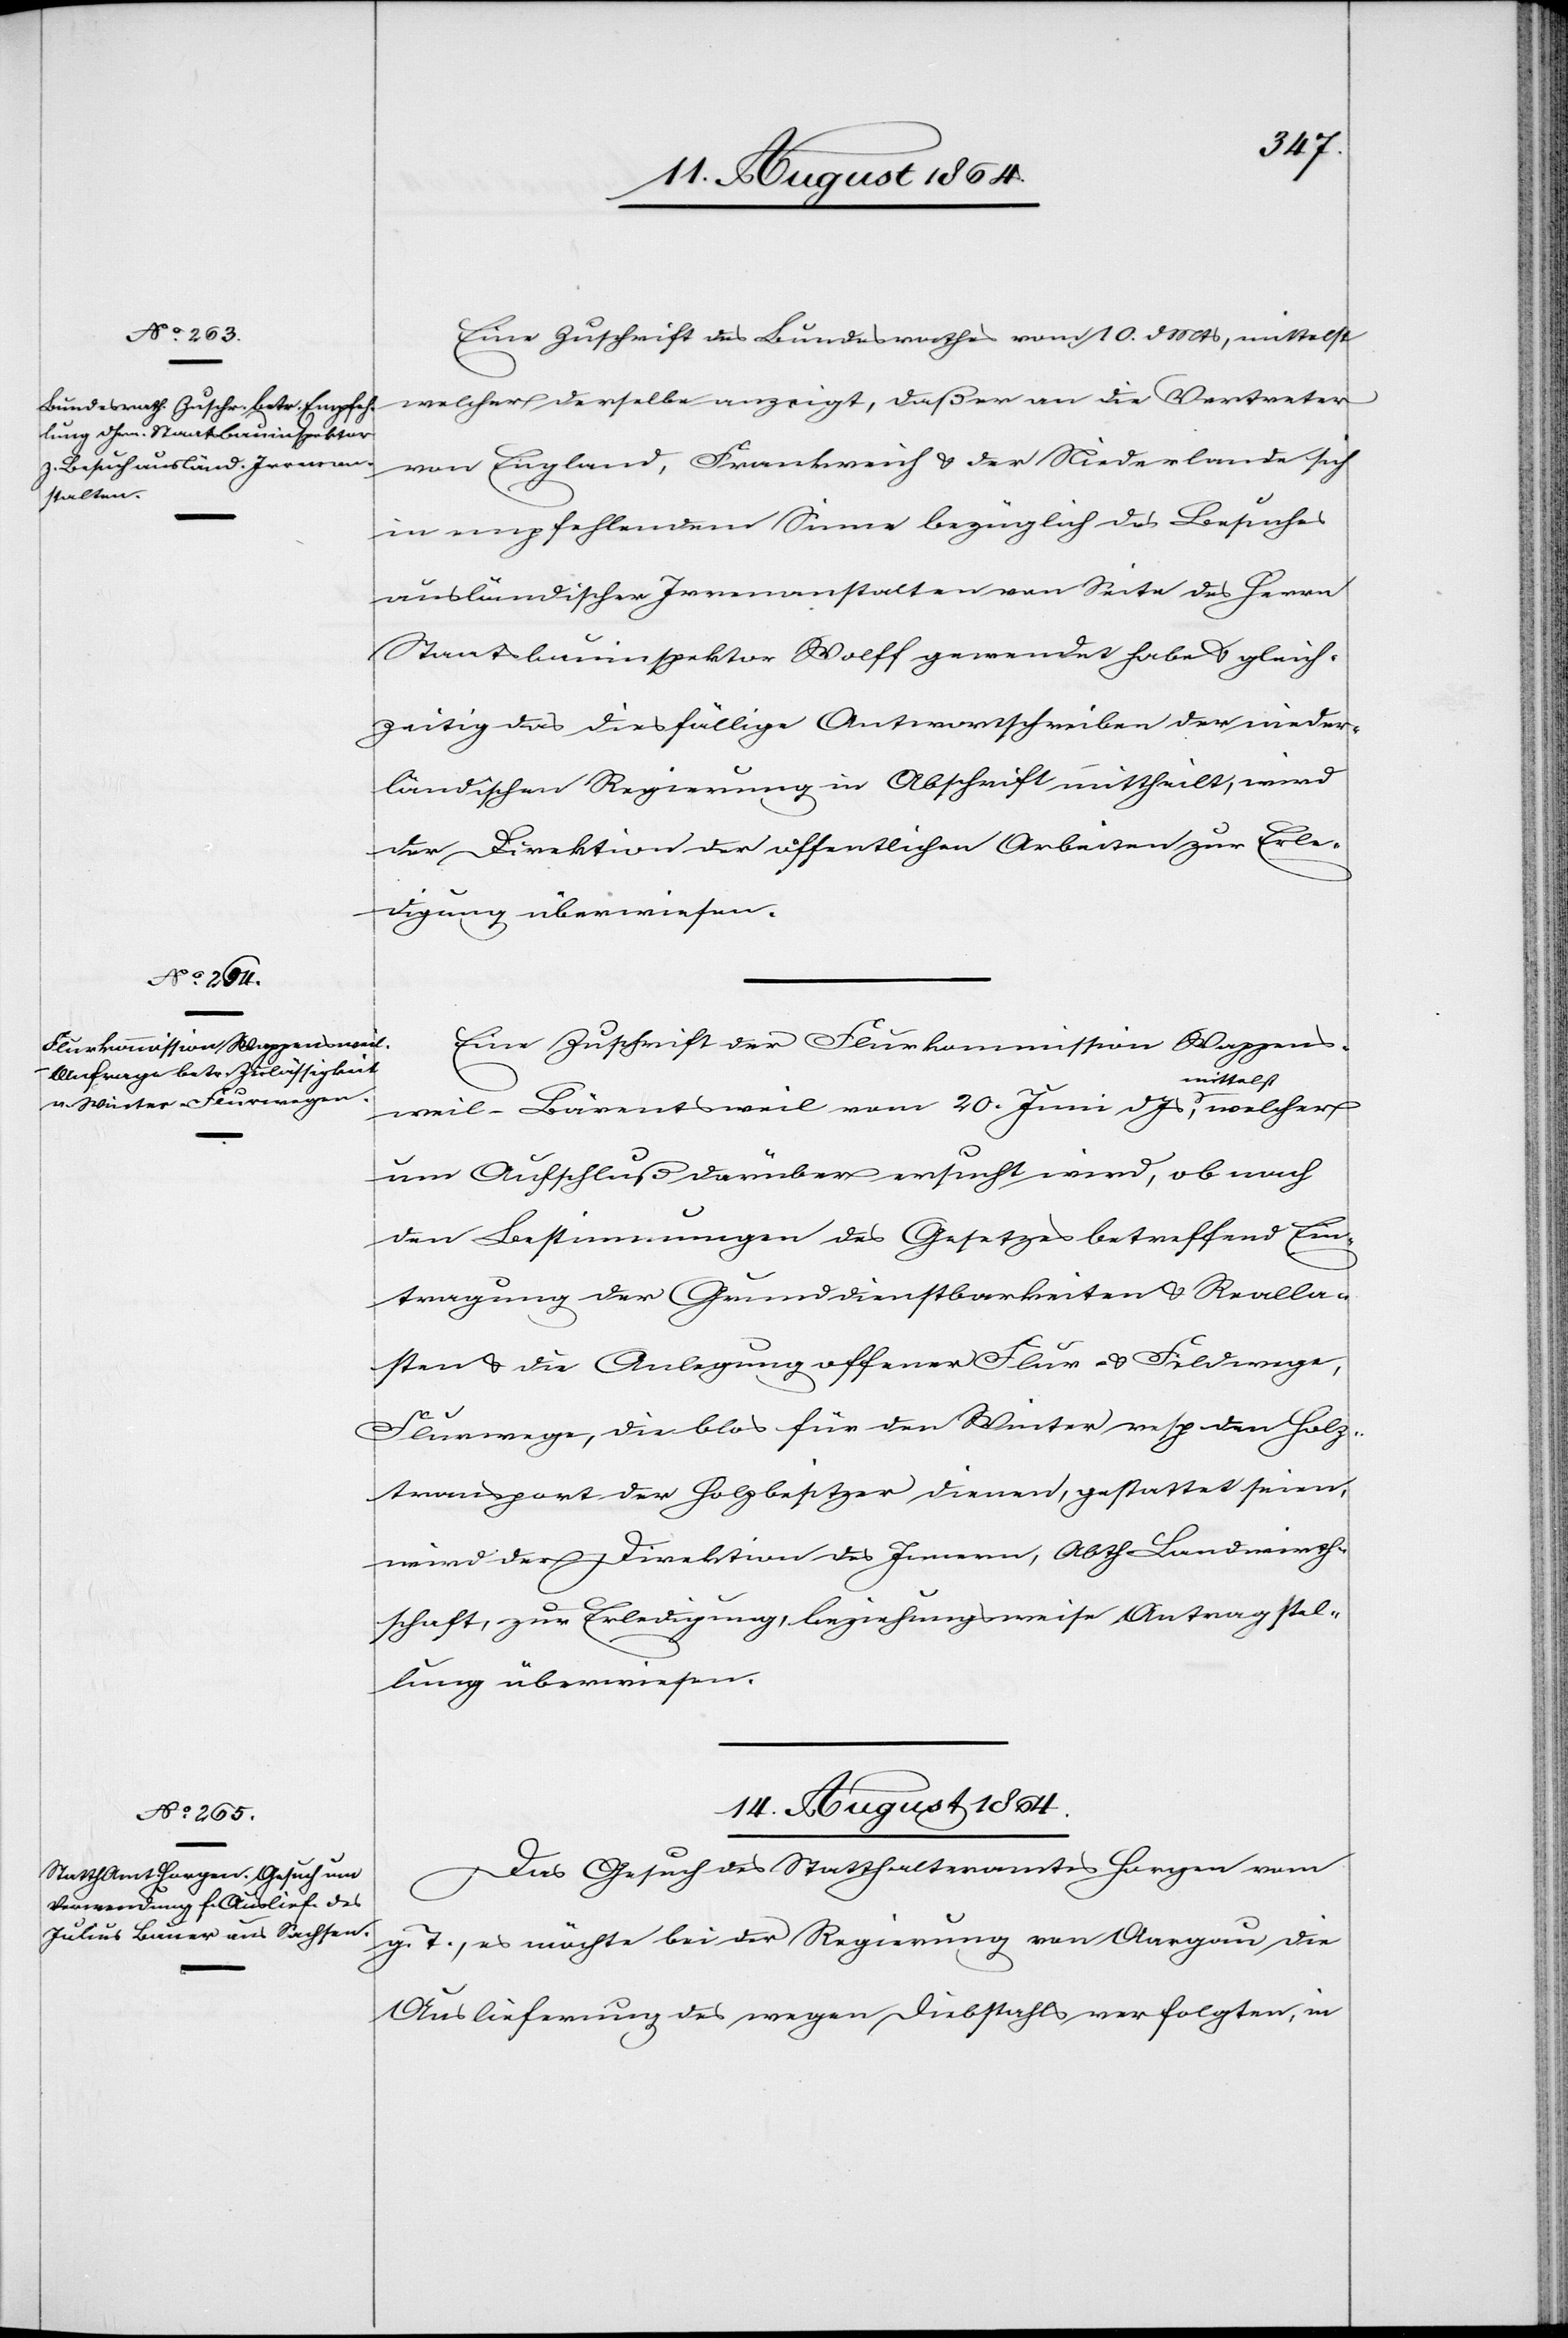
welcher

13. August 1864.]
Eine Zuschrift des Bundesrathes vom 10. d. Mts., mittelst
welcher derselbe anzeigt, daß er an die Vertreter
von England, Frankreich & der Niederlande sich
in empfehlendem Sinne bezüglich des Besuches
ausländischer Irrenanstalten von Seite des Herrn
Staatsbauinspektor Wolff gewendet habe & gleich¬
zeitig das diesfällige Antwortschreiben der nieder¬
ländischen Regierung in Abschrift mittheilt, wird
der Direktion der öffentlichen Arbeiten zur Erle¬
digung überwiesen.
Eine Zuschrift der Flurkommission Wappens¬
weil-Bärentsweil vom 20. Juni d. Js., a-mittelst-a
um Aufschluß darüber ersucht wird, ob nach
den Bestimmungen des Gesetzes betreffend Ein¬
tragung der Grunddienstbarkeiten & Realla¬
sten & die Anlegung offener Flur- & Feldwege,
13.
Flurwege, die blos für den Winter resp. den Holz¬
transport der Holzbesitzer dienen, gestattet seien,
wird der Direktion des Innern, Abtheilung Landwirth¬
schaft, zur Erledigung, beziehungsweise Antragstel¬
lung überwiesen.
14. August 1864.
Das Gesuch des Statthalteramtes Horgen vom
g. T., es möchte bei der Regierung von Aargau die
Auslieferung des wegen Diebstahls verfolgten, in